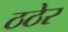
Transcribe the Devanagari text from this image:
ठठेर